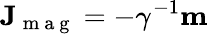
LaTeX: \mathbf{J}_{\mathrm{~m~a~g~}}=-\gamma^{-1}\mathbf{m}